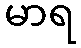
မာရ